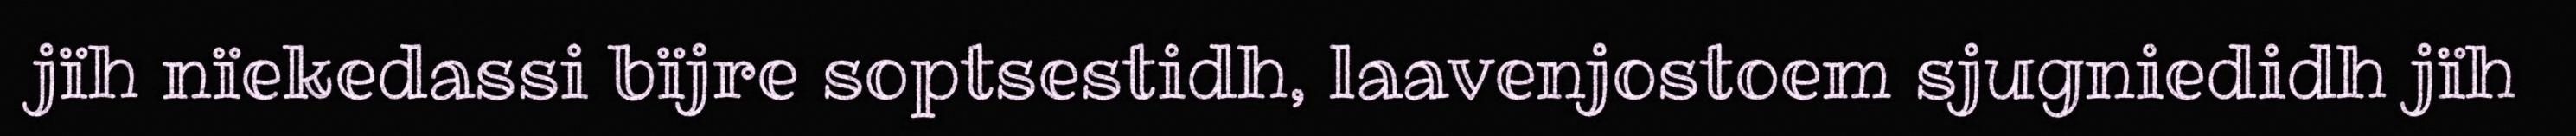
jïh nïekedassi bïjre soptsestidh, laavenjostoem sjugniedidh jïh